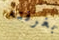
بغرفته